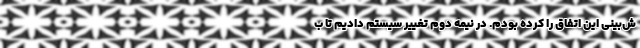
ش‌بینی این اتفاق را کرده بودم. در نیمه دوم تغییر سیستم دادیم تا ب